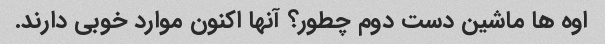
اوه ها ماشین دست دوم چطور؟ آنها اکنون موارد خوبی دارند.